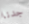
جدنا